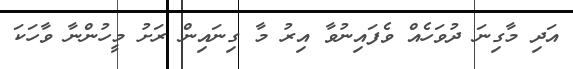
އަދި މާގިނަ ދުވަހެއް ވެފައިނުވާ އިރު މާ ގިނައިން ރަށު މީހުންނާ ވާހަކަ